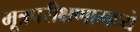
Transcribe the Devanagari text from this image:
मूत्रपरीक्षणामध्ये